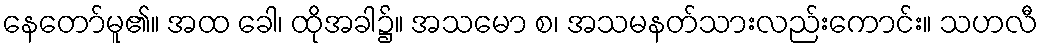
နေတော်မူ၏။ အထ ခေါ၊ ထိုအခါ၌။ အသမော စ၊ အသမနတ်သားလည်းကောင်း။ သဟလီ